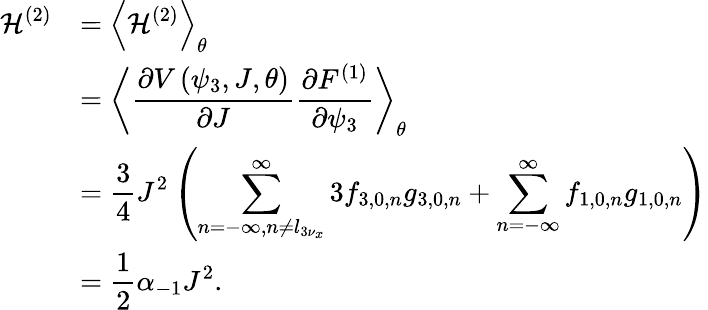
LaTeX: \begin{array}{cl}{\displaystyle\mathcal{H}^{(2)}}&{\displaystyle=\left<{\mathcal{H}^{(2)}}\right>_{\theta}}\\ &{\displaystyle=\left<{\frac{\partial V\left(\psi_{3},J,\theta\right)}{\partial J}\frac{\partial F^{(1)}}{\partial\psi_{3}}}\right>_{\theta}}\\ &{\displaystyle=\frac{3}{4}J^{2}\left(\sum_{n=-\infty,n\neq l_{3\nu_{x}}}^{\infty}{3f_{3,0,n}g_{3,0,n}}+\sum_{n=-\infty}^{\infty}{f_{1,0,n}g_{1,0,n}}\right)}\\ &{\displaystyle=\frac{1}{2}\alpha_{-1}J^{2}.}\end{array}